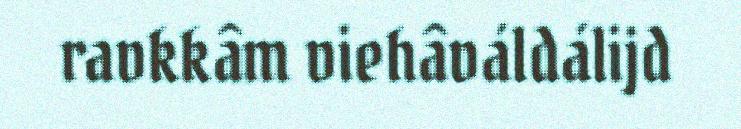
ravkkâm viehâváldálijd